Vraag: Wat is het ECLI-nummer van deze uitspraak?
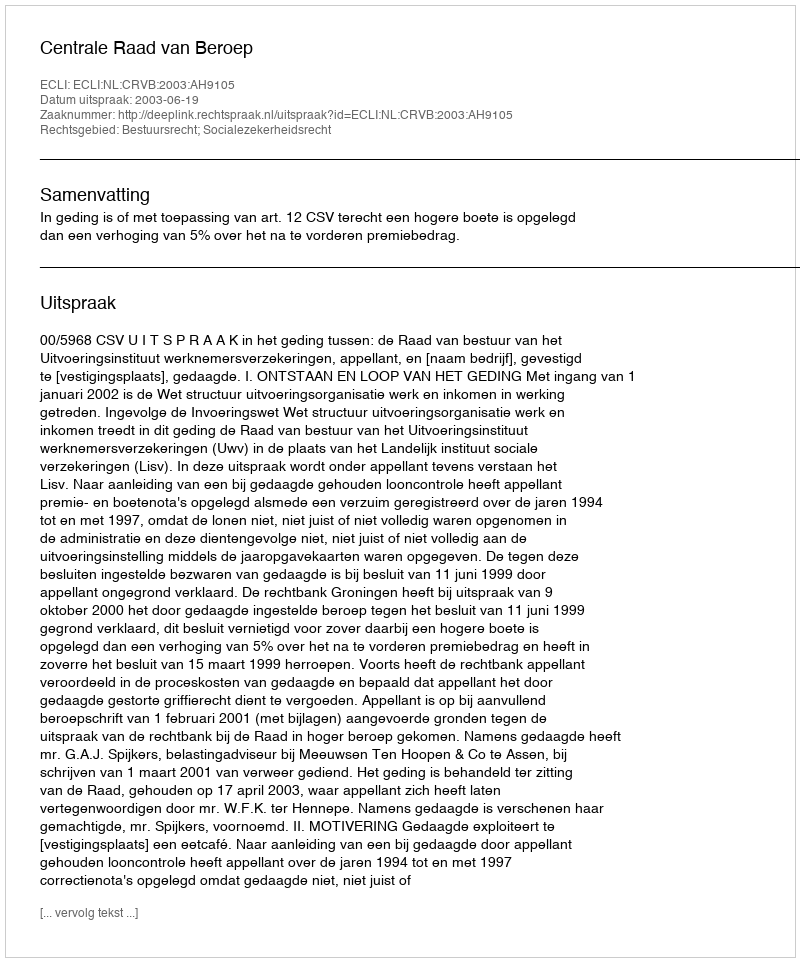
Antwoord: ECLI:NL:CRVB:2003:AH9105